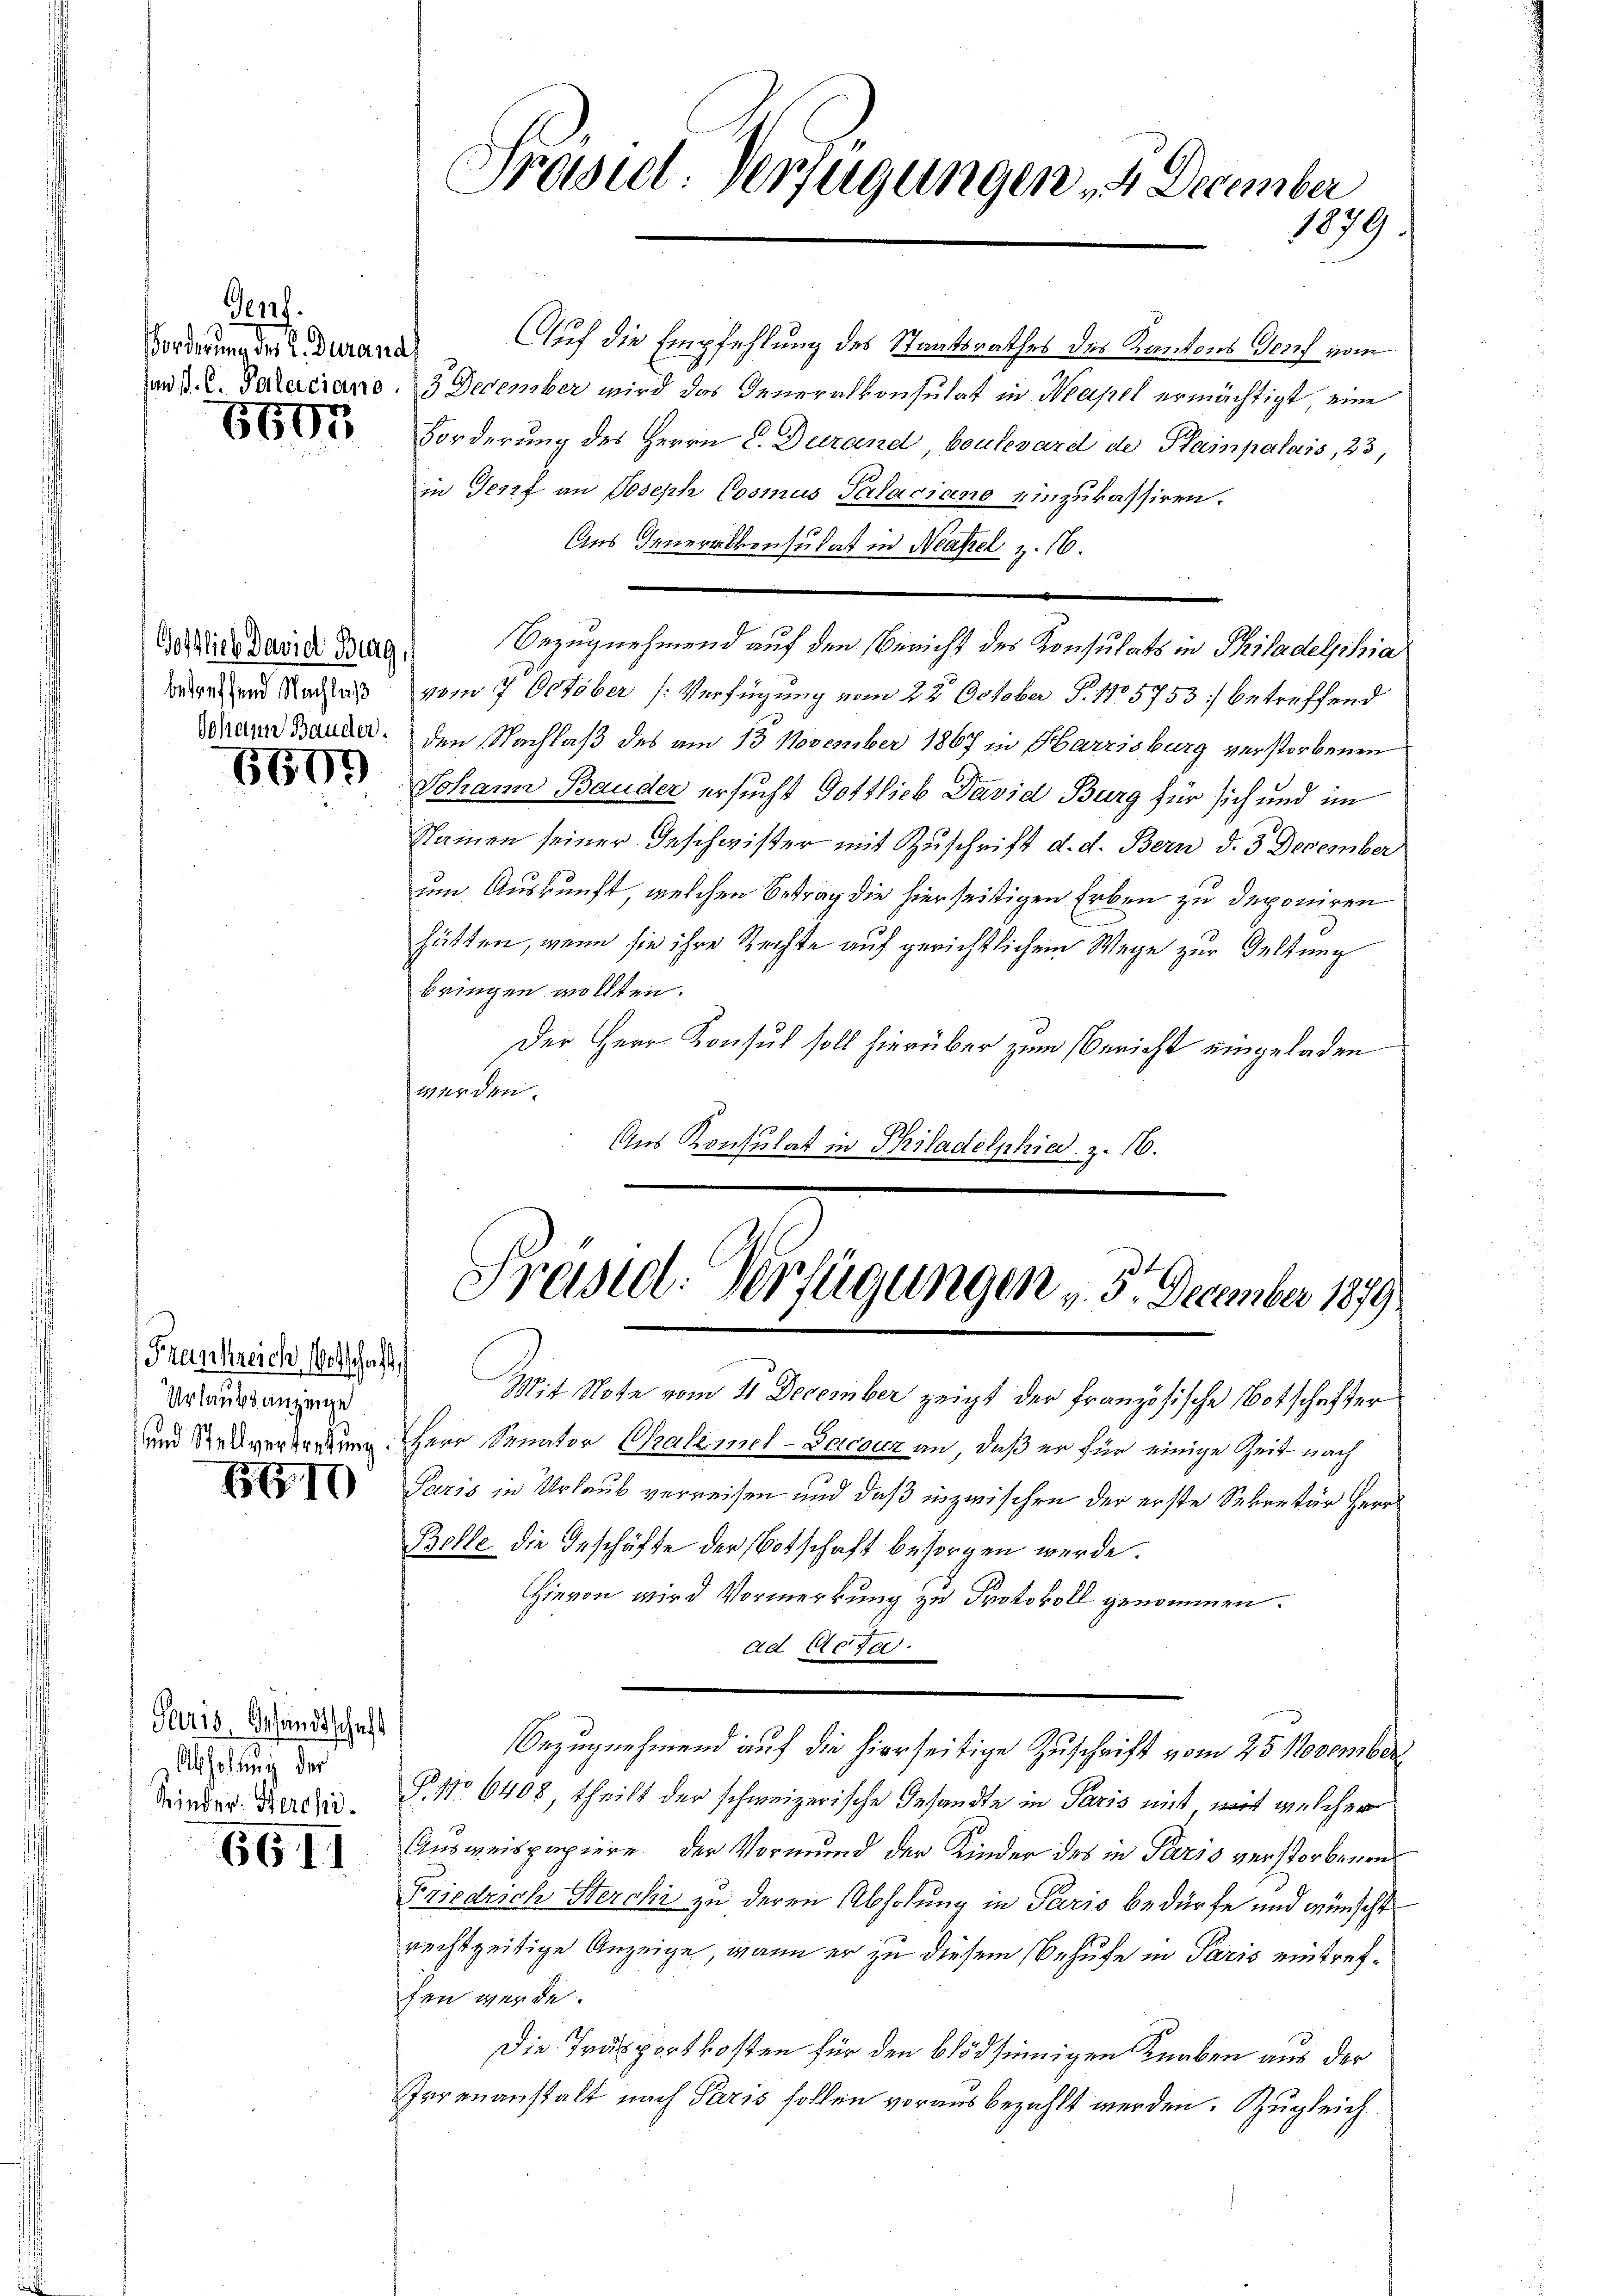
Genf.
Forderung des L. Durand

8607

6600

Frankreich Entschaft,
Urlaubsanzeige

10

Paris, Gesandtschaft
Abholdung der

6611

Auf die Empfehlung des Staatsrathes des Kantons Genf vom
n d. 2. Palaciano, 3 December wird das Generalkonsulat in Mapel ermächtigt, eine
Forderung des Herrn C. Durand, boulevard de Plainpalais, 23,
in Genf an Joseph Cosmus Palaciano einzukassiren.
Aus Generalkonsulat in Neapel u. 16.
Audito david Brug. Bezugnehmend auf den Bericht der Konsulats in Philadelphia
worden und Nachlaß vom 7. October [Verfügung vom 22. October S. 1805753 :/ betreffend
Drau Bauder, den Nachlaß des am 13. November 1867 in Harzisburg verstorbenen
Johann Bauder ersucht Gottlieb David Burg für sich und im
Nainen seiner Geschwister mit Zuschrift d. d. Bern d. 3 December
um Auskunft, welchen Betrag die hierseitigen Erben zu deponiren
hätten, wenn sie ihre Rechte auf gerichtlichem Wege zur Geltung
bringen wollten.
Der Herr Konsul soll hierüber zum Bericht eingeladen
werden.
Aus Konsulat in Philadelphie z. 16.

Präsiel. Verfügungen 4 December
1979

.
Frassel. Verfügungen v. 3. December 1879

Mit Note vom 11 December zeigt der Französische Botschafter
und Stellvertretung. Herr Senator Chalimel-Dacouz an, daß er für einige Zeit nach
Paris in Urlaub verreisen und daß inzwischen der erste Sekretär Herr
Belle die Geschäfte der Botschaft besorgen werde.
Hievon wird Vormerkung zu Protokoll genommen.
ad Acta.
Bezugnehmend auf die hierseitige Zuschrift vom 25. November
Wieder Bades. S. No 6408, theilt der schweizerische Gesandte in Paris mit mit welcher
Ausweispapiere. Der Vormund der Kinder des in Paris verstorbenen
Friedrich Sterchi zu deren Abholung in Paris bedürfe und wünscht
rechtzeitige Anzeige, wenn er zu diesem Behufe in Paris eintreffen werde.
Die Trusportkosten für den blödsinnigen Knaben aus der
Irrenanstalt nach Paris sollen vorausbezahlt werden. Zugleich